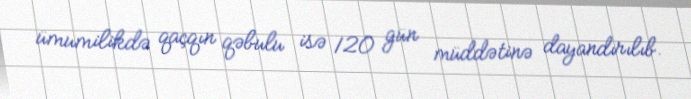
ümumilikdə qaçqın qəbulu isə 120 gün müddətinə dayandırılıb.